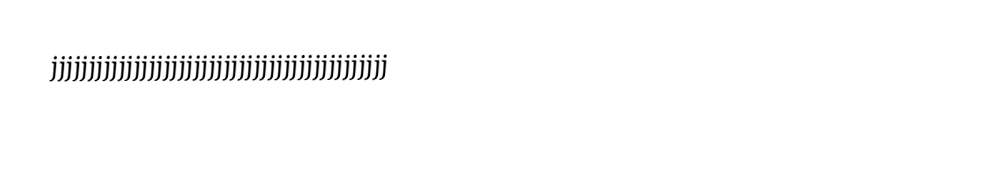
jjjjjjjjjjjjjjjjjjjjjjjjjjjjjjjjjjjjjjjjjjjjj